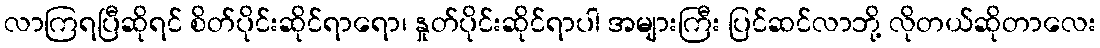
လာကြရပြီဆိုရင် စိတ်ပိုင်းဆိုင်ရာရော၊ နှုတ်ပိုင်းဆိုင်ရာပါ အများကြီး ပြင်ဆင်လာဘို့ လိုတယ်ဆိုတာလေး